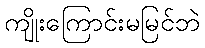
ကျိုးကြောင်းမမြင်ဘဲ